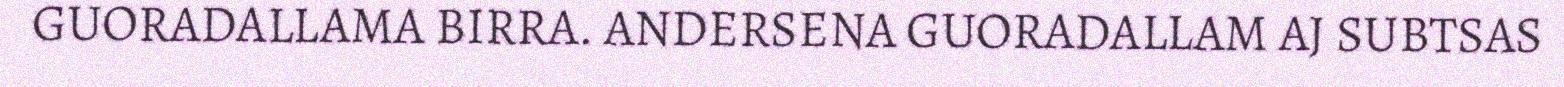
GUORADALLAMA BIRRA. ANDERSENA GUORADALLAM AJ SUBTSAS